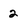
Character: 2